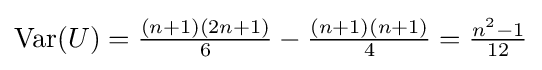
\mathrm {Var} (U)=\textstyle {\frac {(n+1)(2n+1)}{6}}-\textstyle {\frac {(n+1)(n+1)}{4}}=\textstyle {\frac {n^{2}-1}{12}}